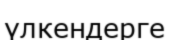
үлкендерге